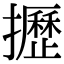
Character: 攊